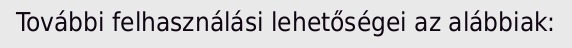
További felhasználási lehetőségei az alábbiak: